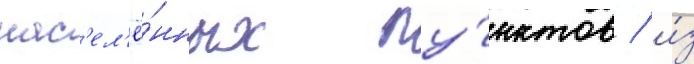
нас'ел'ё́нных пу́нктов / и́з